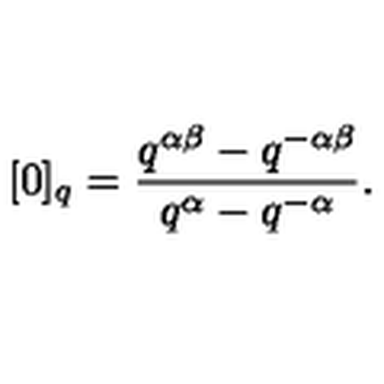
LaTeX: [ 0 ] _ { q } = \frac { q ^ { \alpha \beta } - q ^ { - \alpha \beta } } { q ^ { \alpha } - q ^ { - \alpha } } .